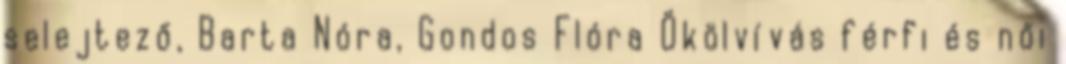
selejtező, Barta Nóra, Gondos Flóra Ökölvívás férfi és női